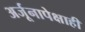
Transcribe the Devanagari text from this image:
अर्जूनापेक्षाही